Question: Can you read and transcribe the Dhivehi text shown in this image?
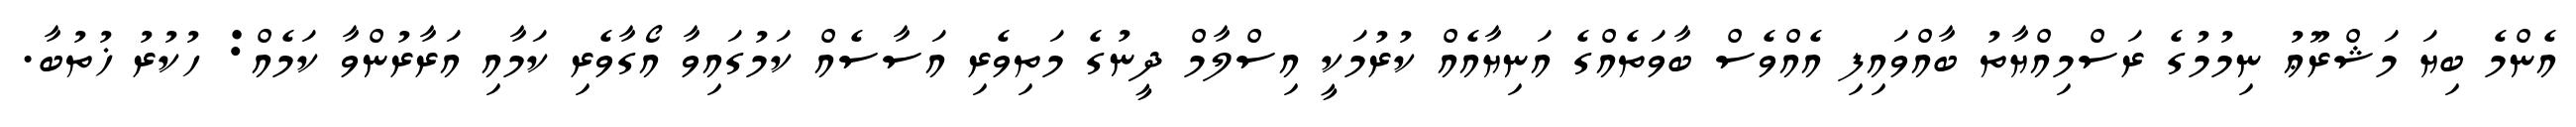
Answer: އެންމެ ބިޔަ މަޝްރޫޢު ނިމުމުގެ ރަސްމިއްޔާތު ބާއްވައިފި އެއްވެސް ބާވަތެއްގެ އަނިޔާއެއް ކުރުމަކީ އިސްލާމް ދީނުގެ މަތިވެރި އަސާސެއް ކަމުގައިވާ އޯގާވެރި ކަމާއި އަރާރުންވާ ކަމެއް: ހުކުރު ޚުތުބާ.